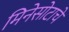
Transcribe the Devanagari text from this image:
मिनेसोटाचे